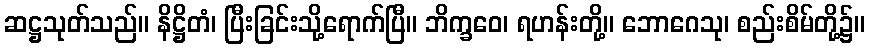
ဆဋ္ဌသုတ်သည်။ နိဋ္ဌိတံ၊ ပြီးခြင်းသို့ရောက်ပြီ။ ဘိက္ခဝေ၊ ရဟန်းတို့။ ဘောဂေသု၊ စည်းစိမ်တို့၌။